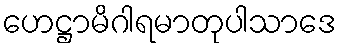
ဟေဋ္ဌာမိဂါရမာတုပါသာဒေ